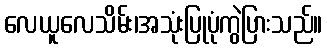
လေယူလေသိမ်း၊အသုံးပြုပုံကွဲပြားသည်။